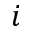
i